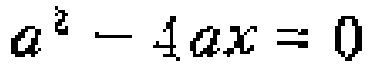
\(a^{2}-4ax = 0\)